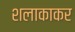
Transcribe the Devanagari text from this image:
शलाकाकर